Leaving Certificate Examination, 1923
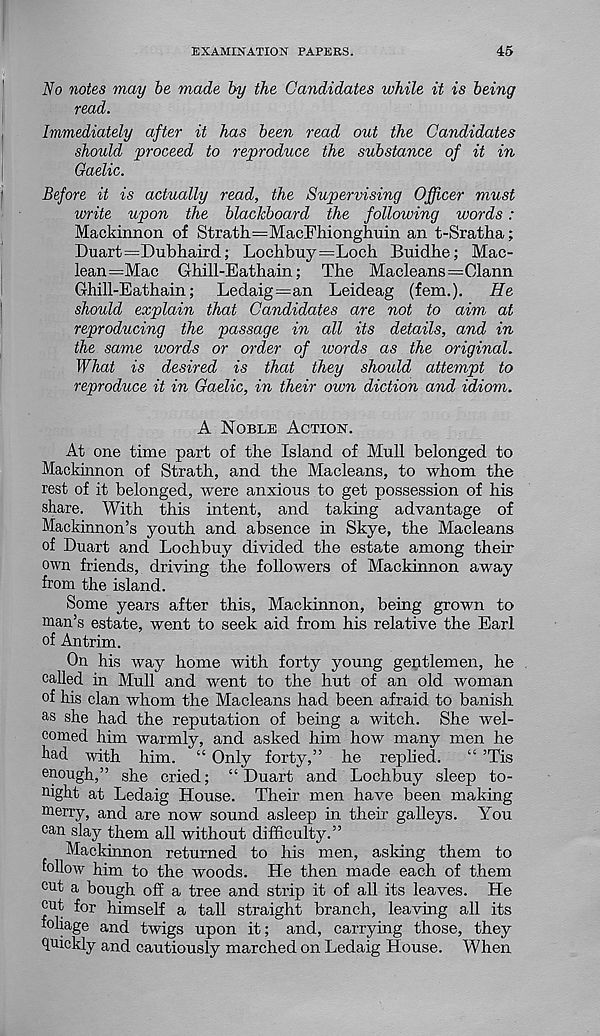
EXAMINATION PAPERS.
45
No notes may be made by the Candidates while it is being
read.
Immediately after it has been read out the Candidates
should proceed to reproduce the substance of it in
Gaelic.
Before it is actually read, the Supervising Officer must
write upon the blackboard the following words :
Mackinnon of Strath=MacFhionghuin an t-Sratha;
Duart=Dubhaird; Lochbuy=Loch Buidhe; Mac-
lean =Mac Ghill-Eathain; The Macleans=Clann
Ghill-Eathain; Ledaig—an Leideag (fem.).
He
should explain that Candidates are not to aim at
reproducing the passage in all its details, and in
the same words or order of ivords as the original.
What is desired is that they should attempt to
reproduce it in Gaelic, in their own diction and idiom.
A Noble Action.
At one time part of the Island of Mull belonged to
Mackinnon of Strath, and the Macleans, to whom the
rest of it belonged, were anxious to get possession of his
share. With this intent, and taking advantage of
Mackinnon’s youth and absence in Skye, the Macleans
of Duart and Lochbuy divided the estate among their
own friends, driving the followers of Mackinnon away
from the island.
Some years after this, Mackinnon, being grown to
man’s estate, went to seek aid from his relative the Earl
of Antrim.
On his way home with forty young gentlemen, he
called in Mull and went to the hut of an old woman
of his clan whom the Macleans had been afraid to banish
as she had the reputation of being a witch. She wel-
comed him warmly, and asked him how many men he
had with him. “ Only forty,” he replied.
“ ’Tis
enough,” she cried; “Duart and Lochbuy sleep to-
night at Ledaig House. Their men have been making
merry, and are now sound asleep in then galleys. You
can slay them all without difficulty.”
Mackinnon returned to his men, asking them to
follow him to the woods. He then made each of them
cut a bough off a tree and strip it of all its leaves. He
cut for himself a tall straight branch, leaving all its
foliage and twigs upon it; and, carrying those, they
quickly and cautiously marched on Ledaig House. When